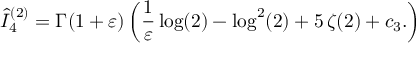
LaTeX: \hat { I } _ { 4 } ^ { ( 2 ) } = \Gamma ( 1 + \varepsilon ) \left( \frac { 1 } { \varepsilon } \log ( 2 ) - \log ^ { 2 } ( 2 ) + 5 \, \zeta ( 2 ) + c _ { 3 } . \right)